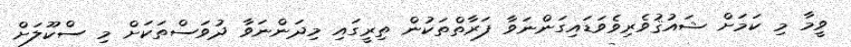
ވީމާ މި ކަމަށް ޝައުޤުވެރިވެވަޑައިގަންނަވާ ފަރާތްތަކުން ތިރީގައި މިދަންނަވާ ދުވަސްތަކަށް މި ސްކޫލަށް